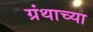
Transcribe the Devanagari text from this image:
ग्रंथाच्‍या